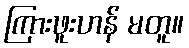
ကြားဖူးဟန် မတူ။